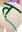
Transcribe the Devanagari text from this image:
त्‌